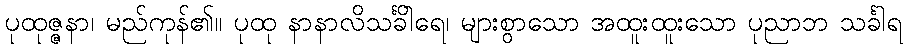
ပုထုဇ္ဇနာ၊ မည်ကုန်၏။ ပုထု နာနာလိသင်္ခါရေ၊ များစွာသော အထူးထူးသော ပုညာဘိ သင်္ခါရ